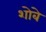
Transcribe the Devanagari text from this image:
शोबे